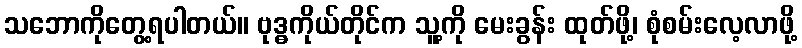
သဘောကိုတွေ့ရပါတယ်။ ဗုဒ္ဓကိုယ်တိုင်က သူ့ကို မေးခွန်း ထုတ်ဖို့၊ စုံစမ်းလေ့လာဖို့